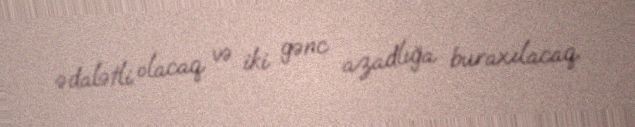
ədalətli olacaq və iki gənc azadlığa buraxılacaq.